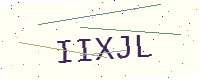
Text: IIXJL